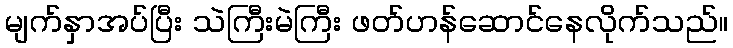
မျက်နှာအပ်ပြီး သဲကြီးမဲကြီး ဖတ်ဟန်ဆောင်နေလိုက်သည်။